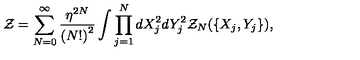
{ \cal Z } = \sum _ { N = 0 } ^ { \infty } \frac { { \eta } ^ { 2 N } } { { ( N ! ) } ^ { 2 } } \int \prod _ { j = 1 } ^ { N } d X _ { j } ^ { 2 } d Y _ { j } ^ { 2 } { \cal Z } _ { N } ( \{ X _ { j } , Y _ { j } \} ) ,